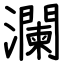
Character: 瀾